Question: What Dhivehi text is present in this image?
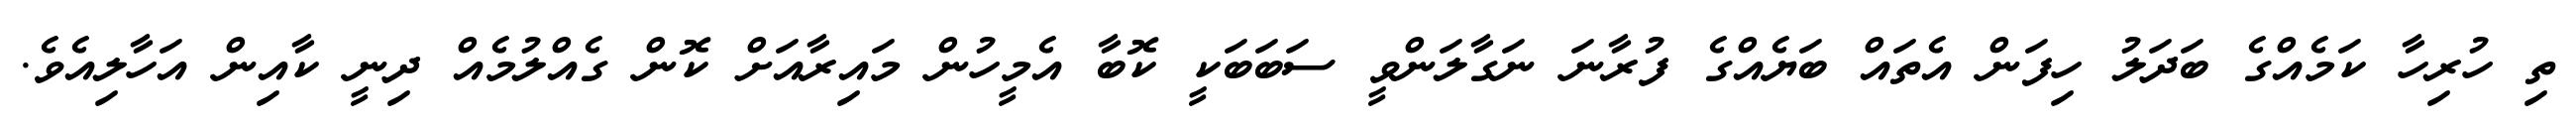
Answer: ތި ހުރިހާ ކަމެއްގެ ބަދަލު ހިފަން އެތައް ބަޔެއްގެ ފުރާނަ ނަގާލަންވީ ސަބަބަކީ ކޮބާ އެމީހުން މައިރާއަށް ކޮން ގެއްލުމެއް ދިނީ ކާއިން އަހާލިއެވެ.